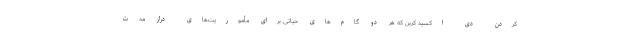
کردن دی اکسید کربن که هر دو گام‌های حیاتی برای مأموریت‌های دراز مدت